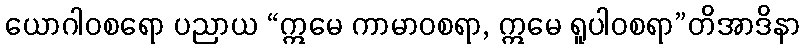
ယောဂါဝစရော ပညာယ “ဣမေ ကာမာဝစရာ, ဣမေ ရူပါဝစရာ”တိအာဒိနာ